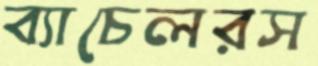
ব্যাচেলরস